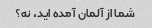
شما از آلمان آمده اید، نه؟